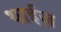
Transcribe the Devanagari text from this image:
थाईज़